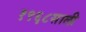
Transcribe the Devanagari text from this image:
१९६८साली